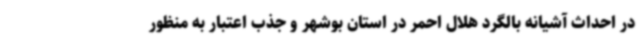
در احداث آشیانه بالگرد هلال احمر در استان بوشهر و جذب اعتبار به منظور